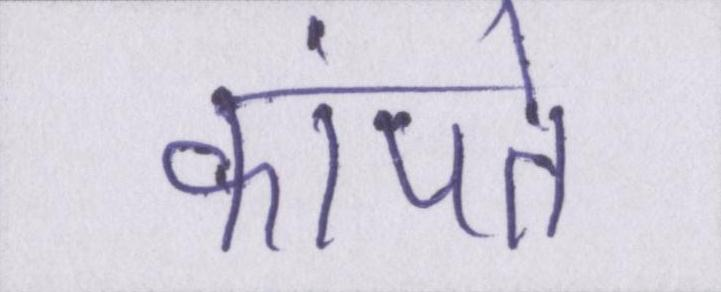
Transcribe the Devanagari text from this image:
कांपते